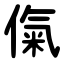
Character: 㑶